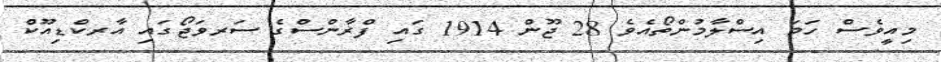
މިއީވެސް ހަމަ އިސްލާމުންތޯއެވެ 28 ޖޫން 1914 ގައި ފްރާންސްގެ ސަރވަޖޯގައި އާރކްޑިއޫކް